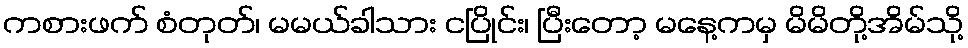
ကစားဖက် စံတုတ်၊ မမယ်ခါသား ငပြိုင်း၊ ပြီးတော့ မနေ့ကမှ မိမိတို့အိမ်သို့